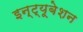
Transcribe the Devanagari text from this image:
इन्ट्यूबेशन